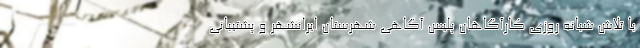
با تلاش شبانه روزی کارآگاهان پلیس آگاهی شهرستان ایرانشهر و پشتیبانی